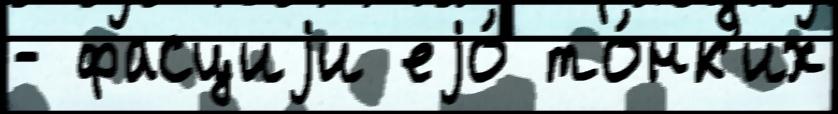
- фасциjи еjо́ то́нк'их